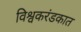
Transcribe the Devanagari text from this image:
विश्वकरंडकात